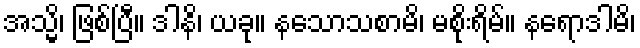
အသ္မိ၊ ဖြစ်ပြီ။ ဒါနိ၊ ယခု။ နသောသစာမိ၊ မစိုးရိမ်။ နရောဒါမိ၊